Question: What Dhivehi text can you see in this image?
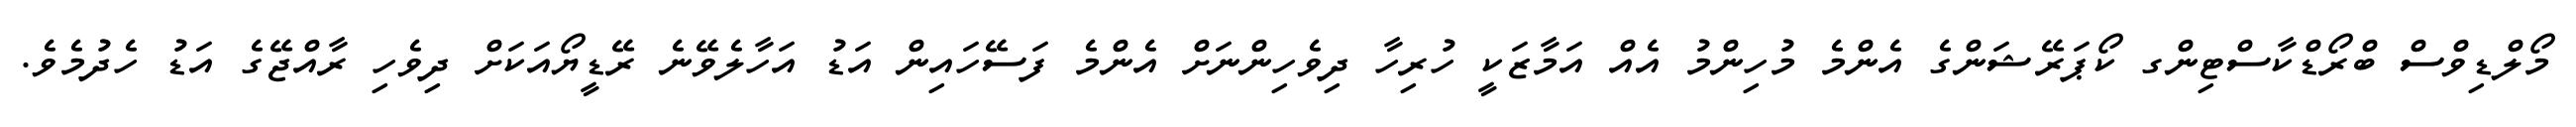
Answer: މޯލްޑިވްސް ބްރޯޑްކާސްޓިންގ ކޯޕަރޭޝަންގެ އެންމެ މުހިންމު އެއް އަމާޒަކީ ހުރިހާ ދިވެހިންނަށް އެންމެ ފަސޭހައިން އަޑު އަހާލެވޭނެ ރޭޑީޔޯއަކަށް ދިވެހި ރާއްޖޭގެ އަޑު ހެދުމެވެ.